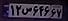
۱۲س۶۴۶۶۷